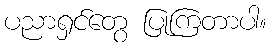
ပညာရှင်တွေ ပြုကြတာပါ။